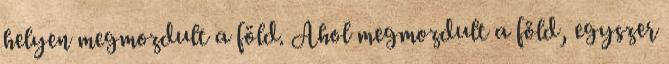
helyen megmozdult a föld. Ahol megmozdult a föld, egyszer